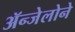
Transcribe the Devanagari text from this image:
ॲन्जेलोने